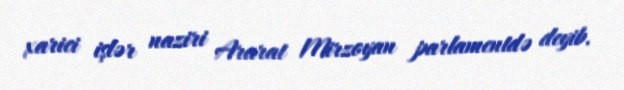
xarici işlər naziri Ararat Mirzoyan parlamentdə deyib.